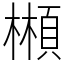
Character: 䫐